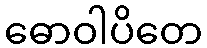
ဓောဝါပိတေ